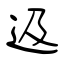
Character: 﨤